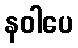
နဝါပေ